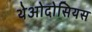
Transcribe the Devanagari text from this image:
थेओदोसियस